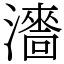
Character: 瀒